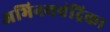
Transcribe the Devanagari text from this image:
अभिनयचंद्रिका